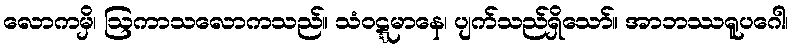
လောကမှိ၊ ဩကာသလောကသည်။ သံဝဋ္ဋမာနေ၊ ပျက်သည်ရှိသော်။ အာဘဿရူပဂေါ၊